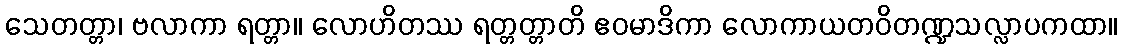
သေတတ္တာ၊ ဗလာကာ ရတ္တာ။ လောဟိတဿ ရတ္တတ္တာတိ ဧဝမာဒိကာ လောကာယတဝိတဏ္ဍသလ္လာပကထာ။